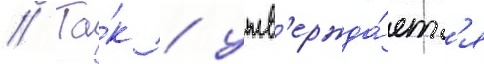
// Та́к / утв'ержда́етс'я